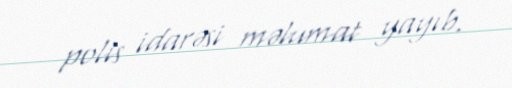
polis idarəsi məlumat yayıb.